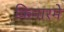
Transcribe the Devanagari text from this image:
किनारमे